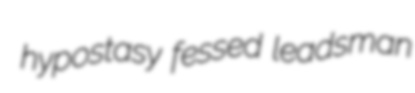
hypostasy fessed leadsman